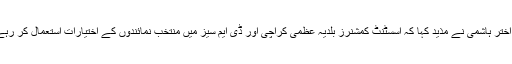
سہیل اختر ہاشمی نے مذید کہا کہ اسسٹنٹ کمشنرز بلدیہ عظمی کراچی اور ڈی ایم سیز میں منتخب نمائندوں کے اختیارات استعمال کر رہے ہیں۔